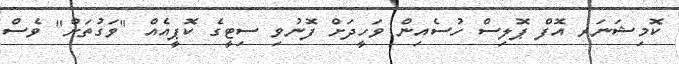
ކޮމިޝަނަރ އޮފް ޕޮލިސް ހުސެއިން ވަހީދަށް ފޮނުވި ސިޓީގެ ކޮޕީއެއް "ވަގުތަށް" ވެސް